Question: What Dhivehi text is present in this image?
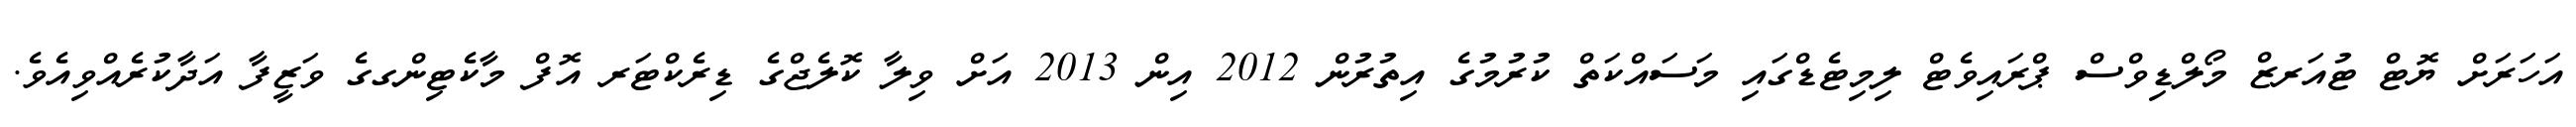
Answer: އަހަރަށް ޔޮޓް ޓުއަރޒް މޯލްޑިވްސް ޕްރައިވެޓް ލިމިޓެޑްގައި މަސައްކަތް ކުރުމުގެ އިތުރުން 2012 އިން 2013 އަށް ވިލާ ކޮލެޖްގެ ޑިރެކްޓަރ އޮފް މާކެޓިންގގެ ވަޒީފާ އަދާކުރެއްވިއެވެ.